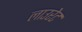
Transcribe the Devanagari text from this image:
लाउरेट